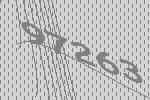
97263